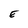
Character: E